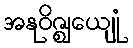
အနုဝိဇ္ဈေယျုံ